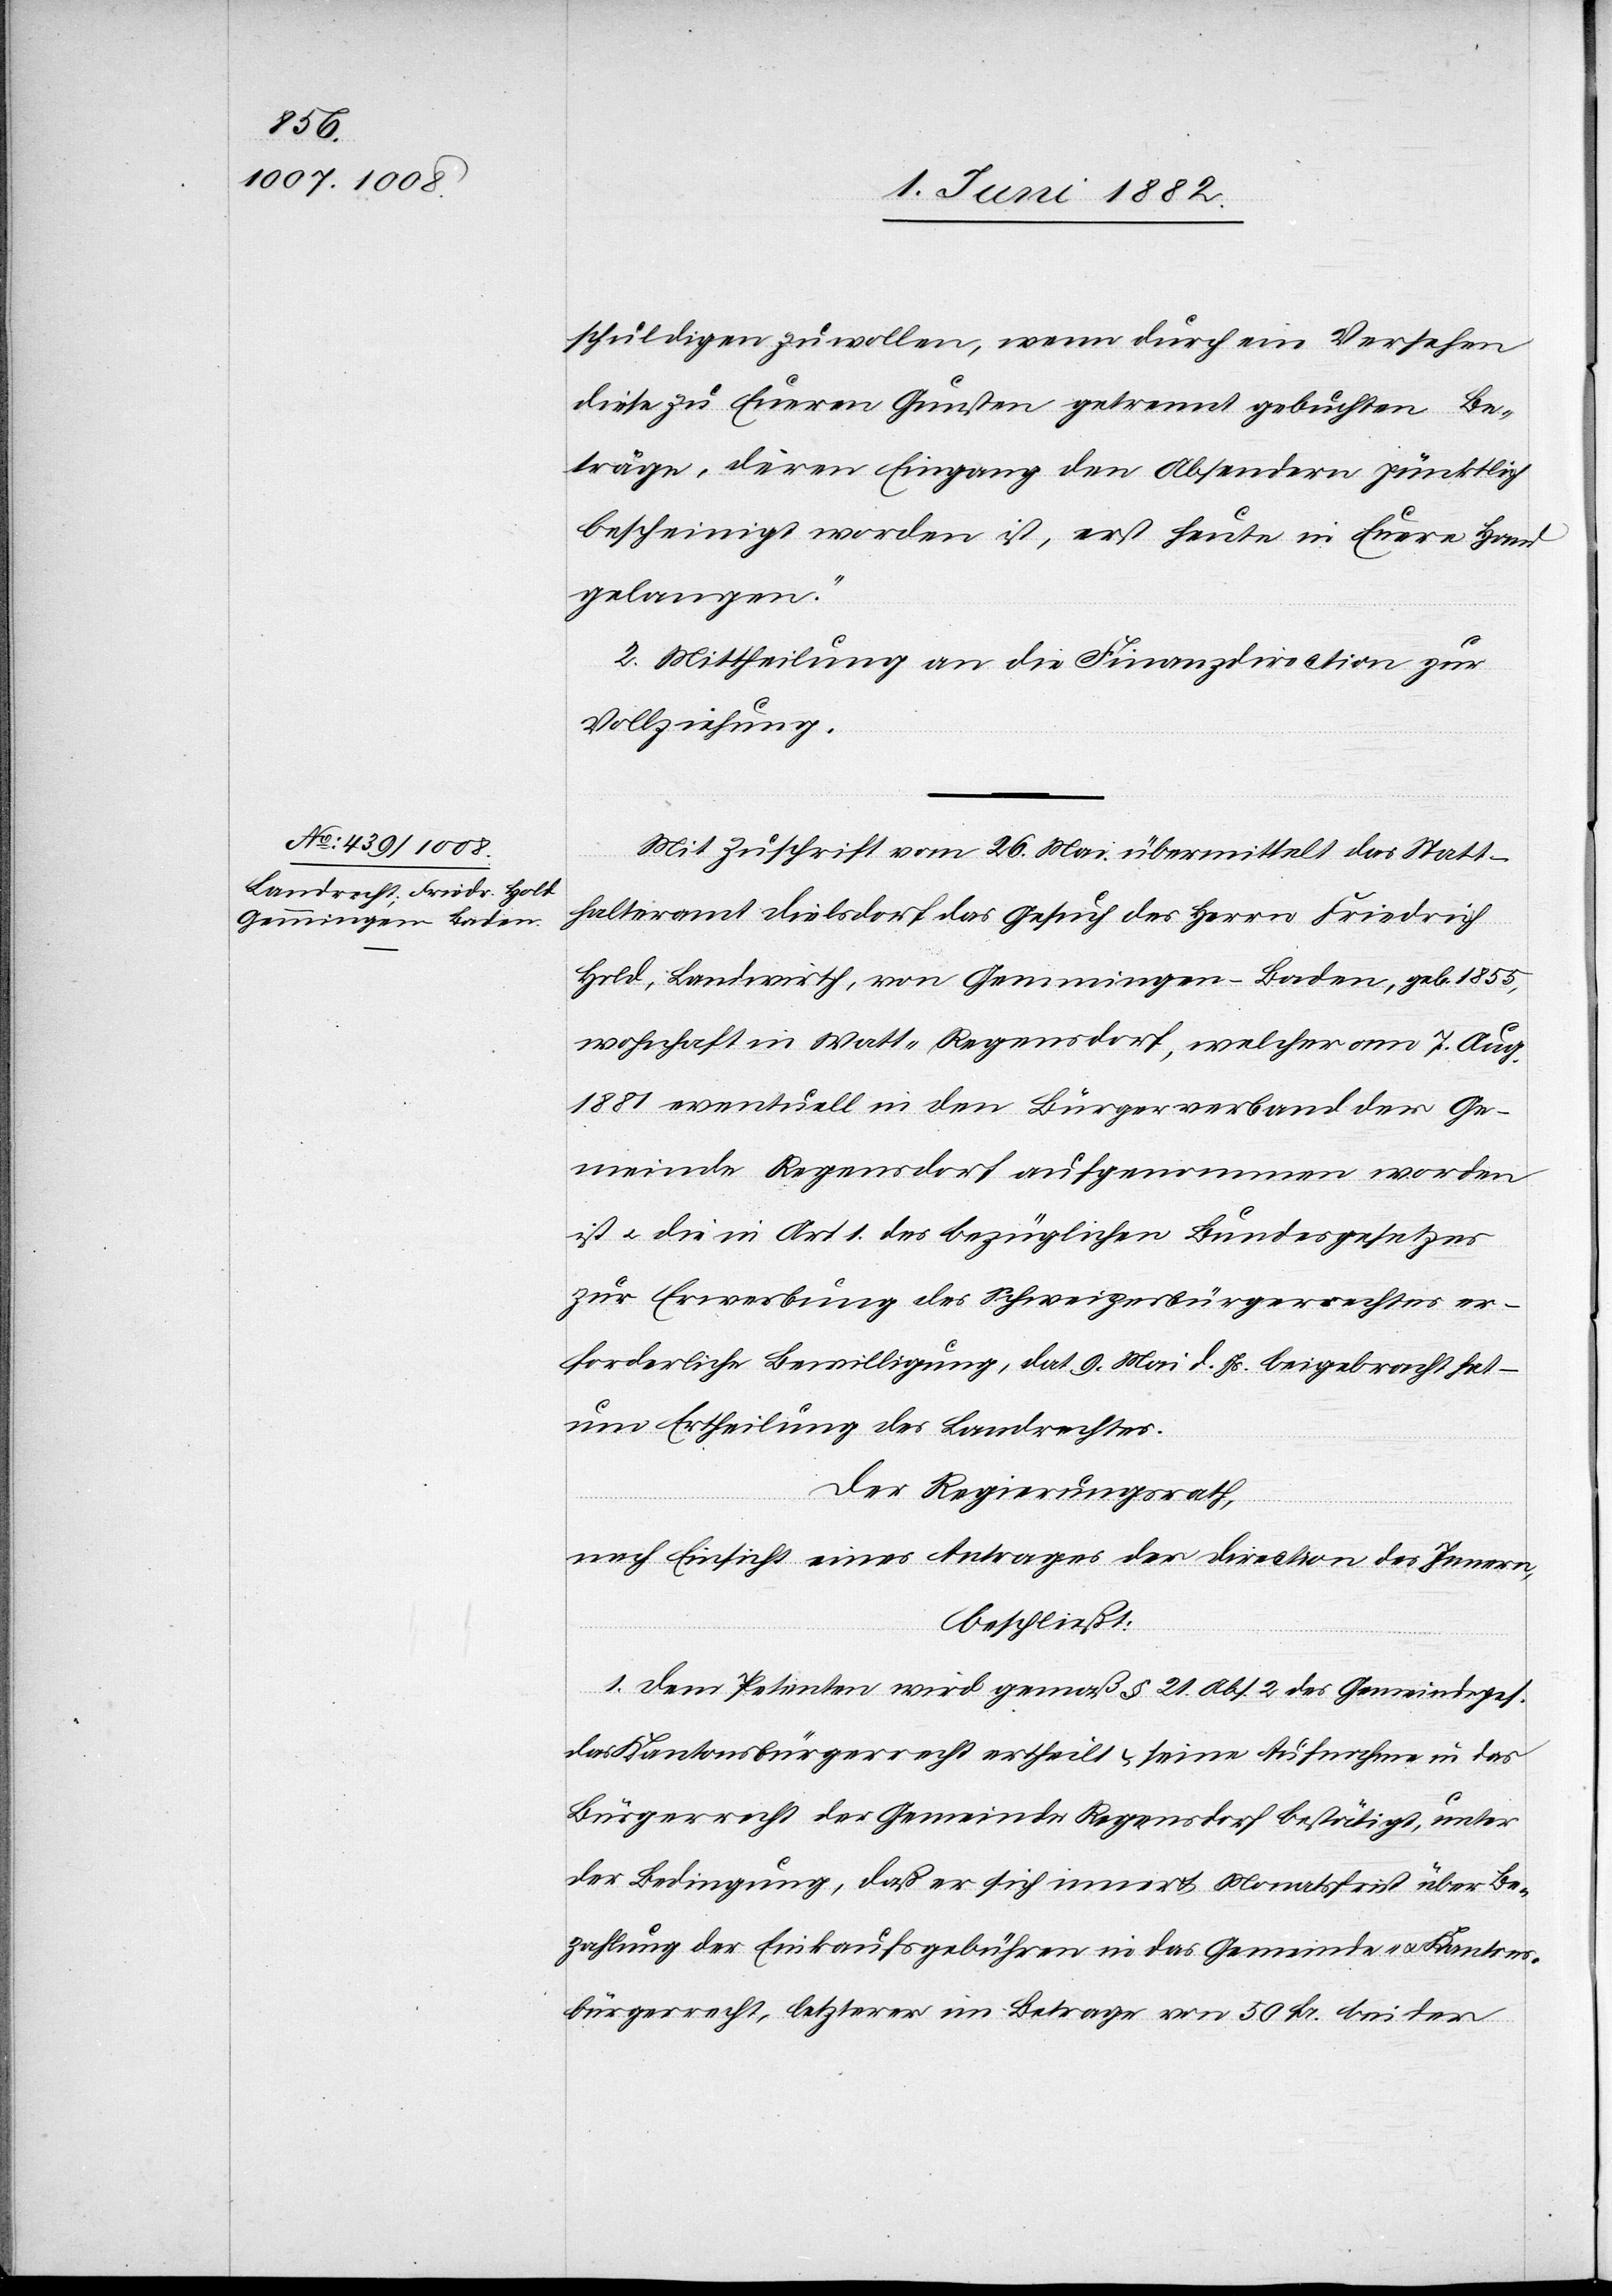
schuldigen zu wollen, wenn durch ein Versehen
diese zu Eueren Gunsten getrennt gebuchten Be¬
träge, deren Eingang den Absendern pünktlich
bescheinigt worden ist, erst heute in Euere Hand
gelangen.“
2. Mittheilung an die Finanzdirection zur
Vollziehung.
Mit Zuschrift vom 26. Mai übermittelt das Statt¬
halteramt Dielsdorf das Gesuch des Herrn Friedrich
Hold, Landwirth, von Gemmingen - Baden, geb. 1855,
wohnhaft in Watt - Regensdorf, welcher am 7. Aug.
1881 eventuell in den Bürgerverband der Ge¬
meinde Regensdorf aufgenommen worden
ist u. die in Art. 1 des bezüglichen Bundesgesetzes
zur Erwerbung des Schweizerbürgerrechtes er¬
forderliche Bewilligung, dat. 9. Mai d. Js. beigebracht hat –
um Ertheilung des Landrechtes.
Der Regierungsrath,
nach Einsicht eines Antrages der Direction des Innern,
beschließt:
1. Dem Petenten wird gemäß § 21 des Gemeindeges.
das Kantonsbürgerrecht ertheilt & seine Aufnahme in das
Bürgerrecht der Gemeinde Regensdorf bestätigt, unter
der Bedingung, daß er sich innert Monatsfrist über Be¬
zahlung der Einkaufsgebühren in das Gemeinde- u. Kantons¬
bürgerrecht, letzterer im Betrage von 50 Fr. bei der